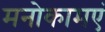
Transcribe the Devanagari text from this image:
मनोकामएं